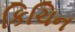
કિચિન